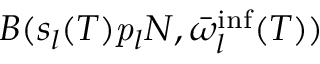
B ( s _ { l } ( T ) \mathbf { \mathit { p } } _ { l } N , \bar { \omega } _ { l } ^ { \mathrm { i n f } } ( T ) )